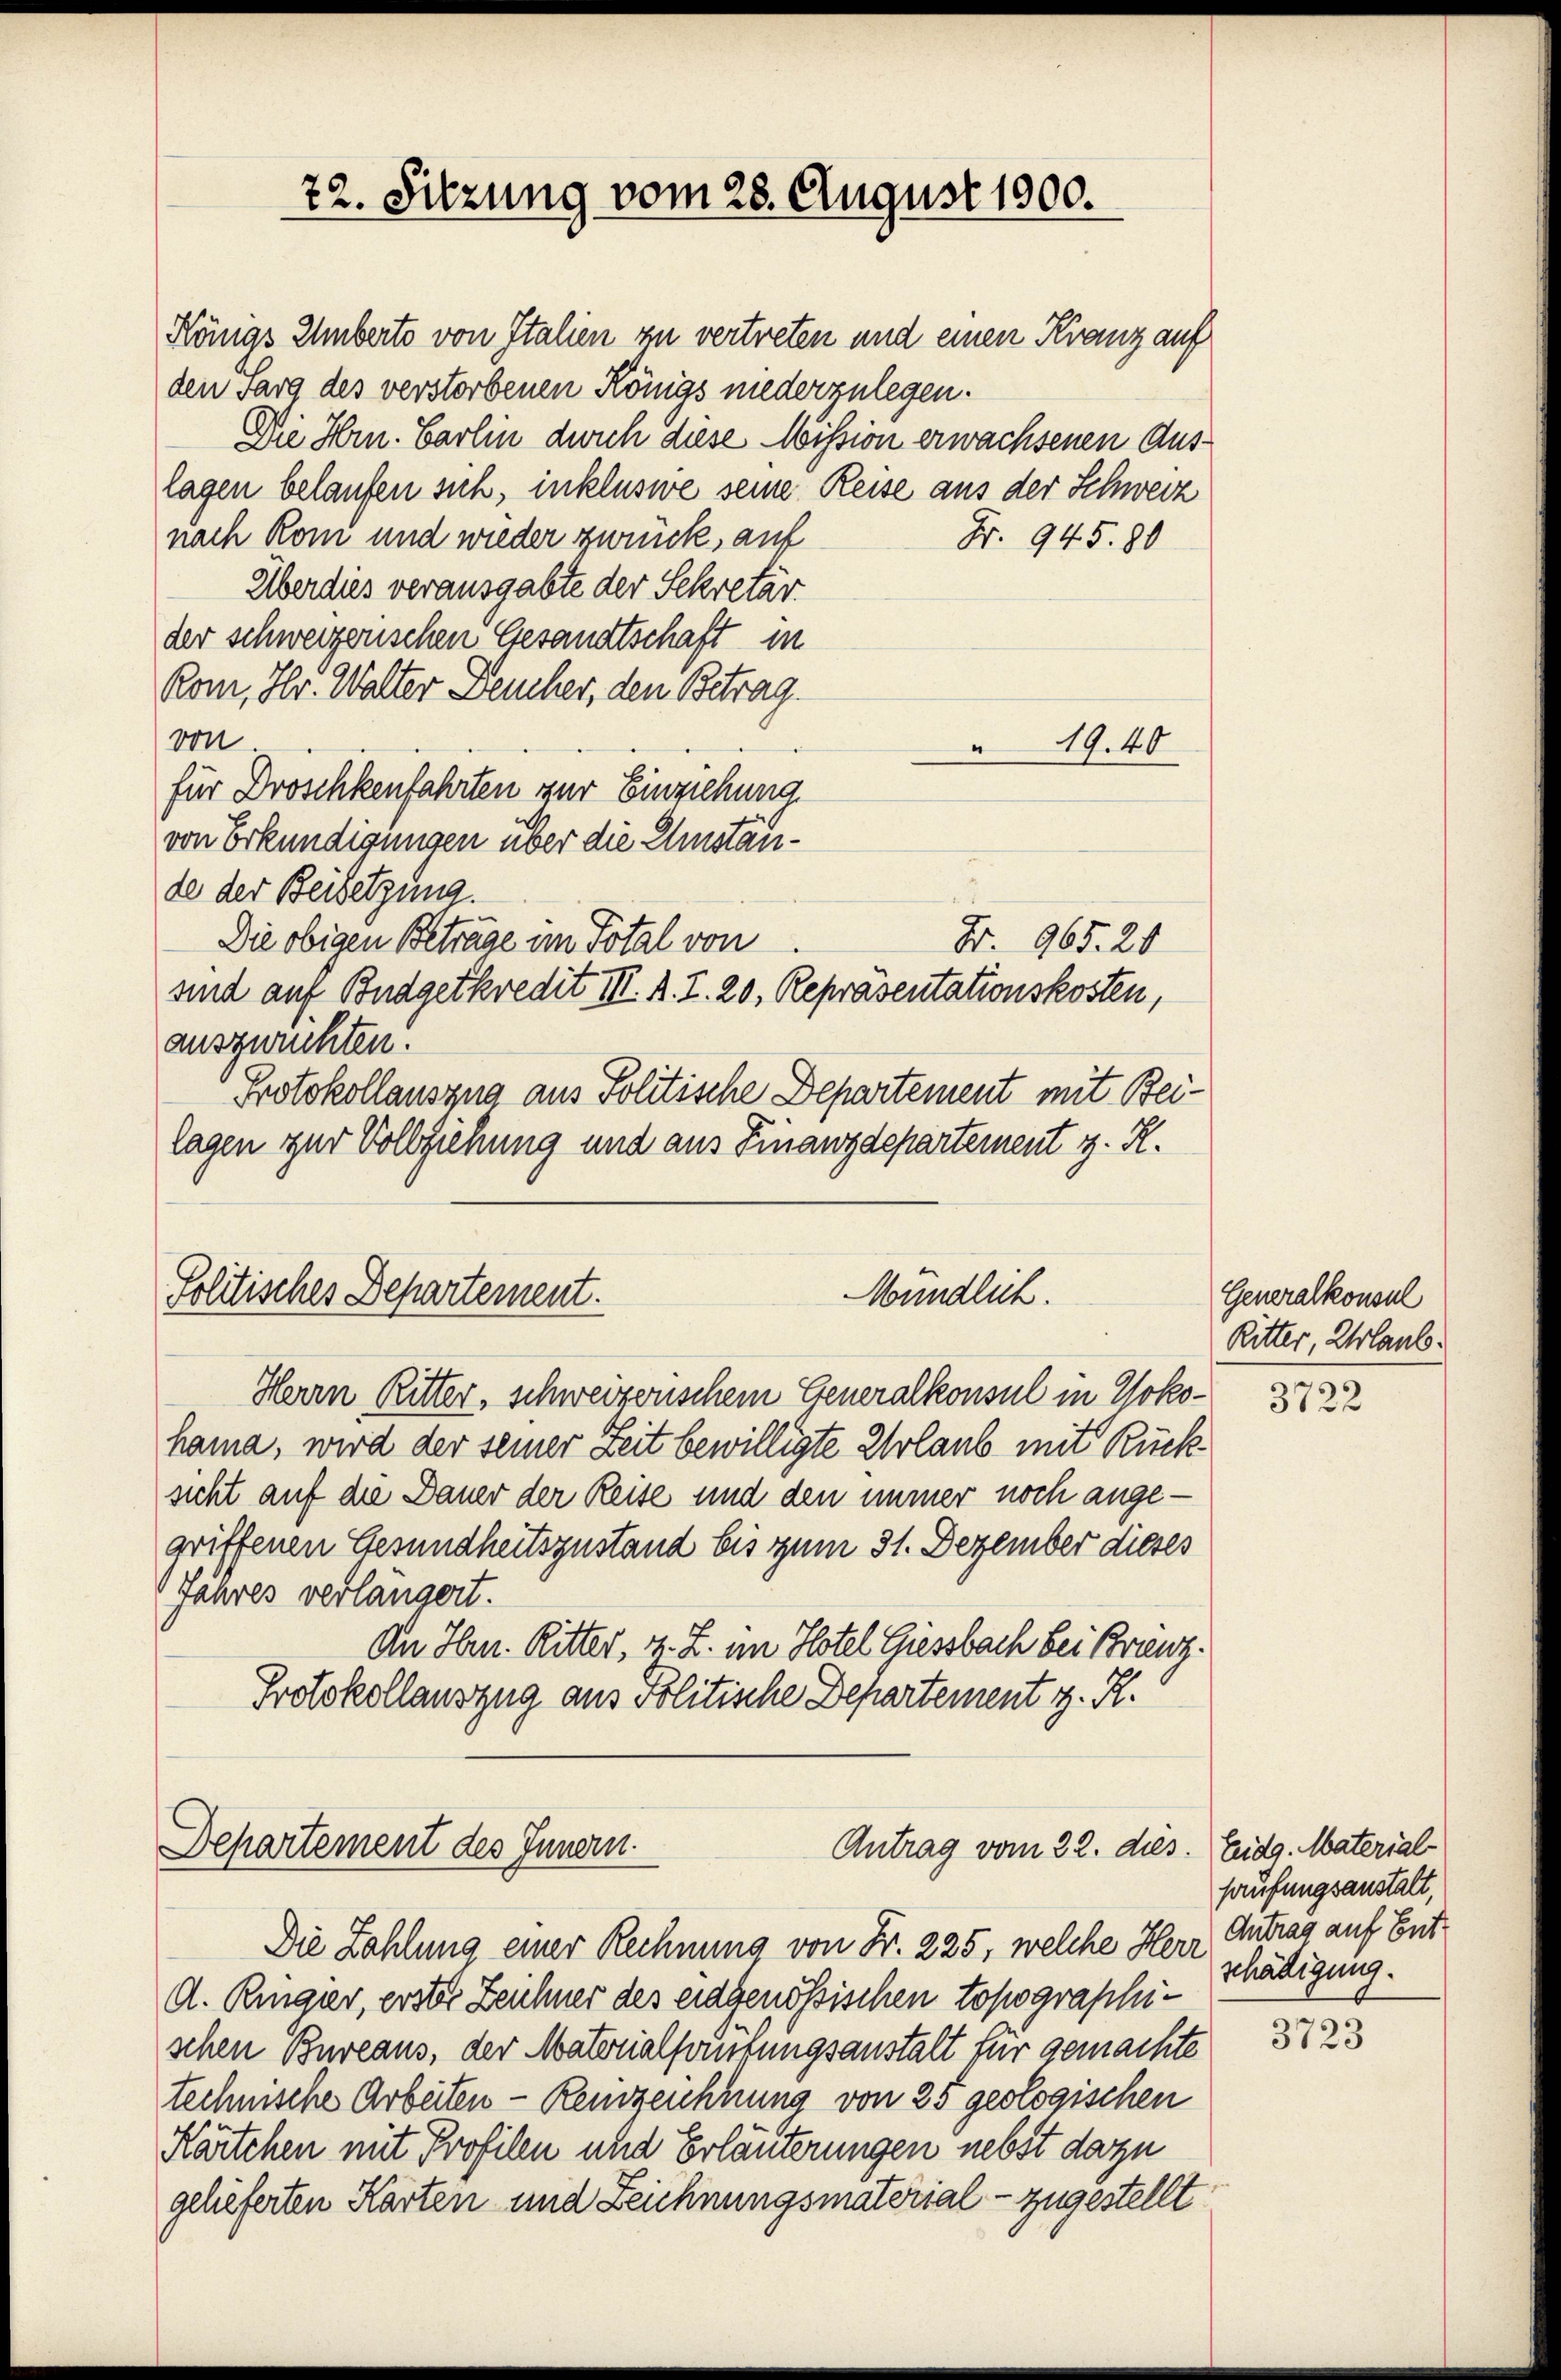
72. Sitzung vom 28. August 1900.

Königs Uberts von Italien zu vertreten und einen Kranz auf
den Farg des verstorbenen Königs niederzulegen.
Die Hrn. Carlin durch diese Mission erwachsenen Auslagen belaufen sich, inklusie seine Reise aus der Schweiz
nach Rom und wieder zurück, auf
Fr. 945. 80
Überdies verausgabte der Sekretär
der schweizerischen Gesandtschaft in
Rom, Hr. Walter Deucher, den Betrag.
von
19.40
für Droschkenfahrten zur Einziehung.
von Erkundigungen über die Umstände der Beisetzung.
Die obigen Betrage im Total von
Fr. 965. 21
sind auf Budgetkredit III. A. I. 20. Repräsentationskosten,
ausgerichten.
Protokollauszug aus Politische Departement mit Beilagen zur Vollziehung und aus Finanzdepartement z. K.

Mündlich.
Politisches Departement.

Departement des Innern.
Antrag vom 22. dies. Eidg. Material¬

Die Zahlung einer Rechnung von Fr. 225, welche Herr Antrag auf Ent¬
A. Ringer, erster Zeichner des eidgenössischen topographischen Bureaus, der Materialprüfungsanstalt für gemachte
technische Arbeiten - Reinzeichnung von 25 geologischen
Kärtchen mit Profilen und Erläuterungen nebst dazu
gelieferten Karten und Zeichnungsmaterial - zugestellt

Herrn Ritter, schweizerischem Generalkonsul in Yokohama, wird der seiner Zeit bewilligte Urlaub mit Rücksicht auf die Dauer der Reise und den immer noch angegriffenen Gesundheitszustand bis zum 31. Dezember dieses
Jahres verlängert.
An Hrn. Ritter, 4. Z. im Hotel Giessbach bei Brenz.
Protokollauszug aus Politische Departement z. R.

Generalkonsul
Ritter, Urlaub.

3722

haufungsanstalt,
schädigung.

3723